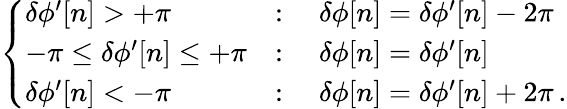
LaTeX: \left\{ \begin{array}{ll}{\delta\phi^{\prime}[n]>+\pi}&{:\quad\delta\phi[n]=\delta\phi^{\prime}[n]-2\pi}\\ {-\pi\leq\delta\phi^{\prime}[n]\leq+\pi}&{:\quad\delta\phi[n]=\delta\phi^{\prime}[n]}\\ {\delta\phi^{\prime}[n]<-\pi}&{:\quad\delta\phi[n]=\delta\phi^{\prime}[n]+2\pi\, .}\end{array}\right.